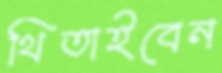
থিতাইবেন